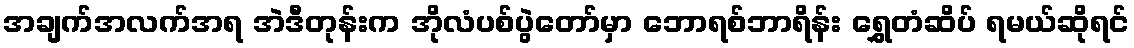
အချက်အလက်အရ အဲဒီတုန်းက အိုလံပစ်ပွဲတော်မှာ ဘောရစ်ဘာရိန်း ရွှေတံဆိပ် ရမယ်ဆိုရင်